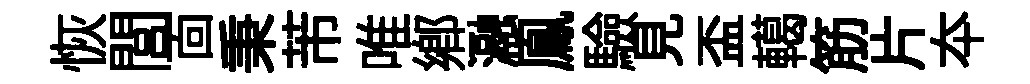
恢閭靣秉芾唯鄉瀜鳯驗見盃轕筋片夲